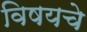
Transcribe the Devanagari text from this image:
विषयचे